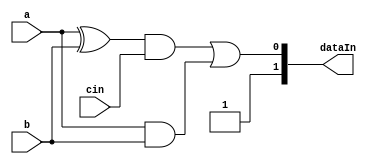
`timescale 1ns / 1ps
//////////////////////////////////////////////////////////////////////////////////
// Company: 
// Engineer: 
// 
// Design Name: 
// Module Name: CUT
// Project Name: 
// Target Devices: 
// Tool Versions: 
// Description: 
// 
// Dependencies: 
// 
// Revision:
// Revision 0.01 - File Created
// Additional Comments:
// 
//////////////////////////////////////////////////////////////////////////////////

module full_adder(
    input a,
    input b,
    input cin,
    output[1:0] dataIn
    
    );
parameter f_1 = 1'b0;  // a stuck at 0
parameter f_2 = 1'b0;  // r stuck at 0
parameter f_3 = 1'b1;  // sum stuck at 1

wire p,q,r,a11,r1,sum1,sum,cout;
and f1(a11,~f_1,a);
xor x1(p,a11,b);
and a1(r,a11,b);
xor x2(sum1,p,cin);
or f3(sum,sum1,f_3);
and a2(q,p,cin);
and f2(r1,r,~f_2);
or o1(cout,q,r1);
assign dataIn = {sum,cout};
endmodule